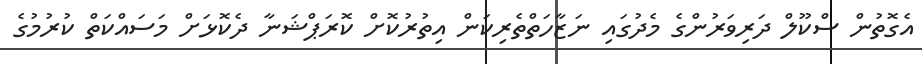
އެގޮތުން ސްކޫލް ދަރިވަރުންގެ މެދުގައި ނަޒާހަތްތެރިކަން އިތުރުކޮށް ކޮރަޕްޝަނާ ދެކޮޅަށް މަސައްކަތް ކުރުމުގެ